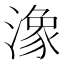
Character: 潒